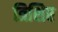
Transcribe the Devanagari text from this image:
त्रिशिर